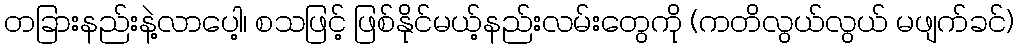
တခြားနည်းနဲ့လာပေါ့၊ စသဖြင့် ဖြစ်နိုင်မယ့်နည်းလမ်းတွေကို (ကတိလွယ်လွယ် မဖျက်ခင်)